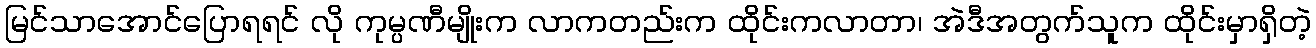
မြင်သာအောင်ပြောရရင် လို ကုမ္ပဏီမျိုးက လာကတည်းက ထိုင်းကလာတာ၊ အဲဒီအတွက်သူက ထိုင်းမှာရှိတဲ့